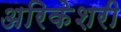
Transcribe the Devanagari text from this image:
अरिकेशरी